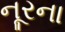
નૂરના